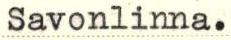
Savonlinna.